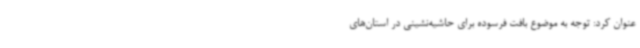
عنوان کرد: توجه به موضوع بافت فرسوده برای حاشیه‌نشینی در استان‌های